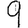
Digit: 9